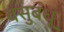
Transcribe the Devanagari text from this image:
वसुबंधू